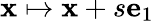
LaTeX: \mathbf{x}\mapsto\mathbf{x}+s\mathbf{e}_{1}